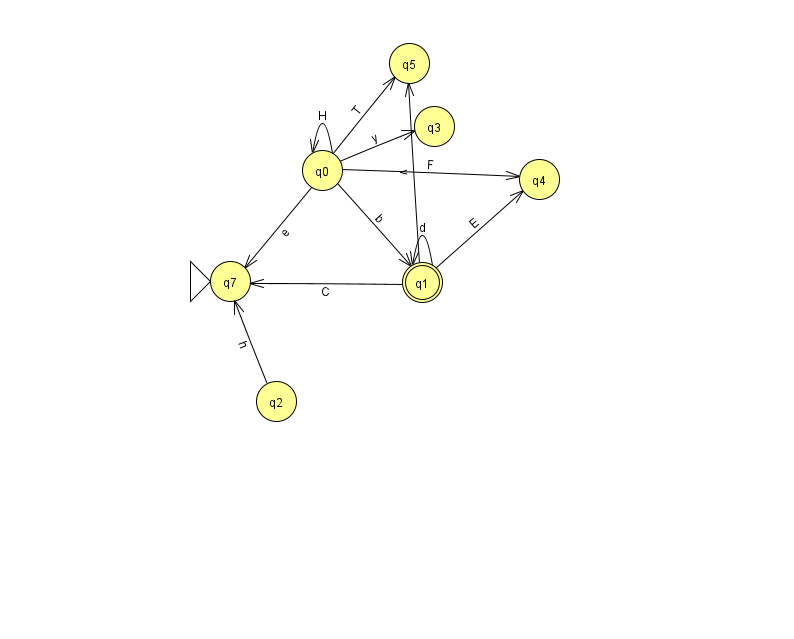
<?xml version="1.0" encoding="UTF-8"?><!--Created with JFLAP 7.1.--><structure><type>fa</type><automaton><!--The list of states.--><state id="0" name="q0"><x>322.0</x><y>157.0</y></state><state id="1" name="q1"><x>422.0</x><y>269.0</y><final/></state><state id="2" name="q2"><x>276.0</x><y>388.0</y></state><state id="3" name="q3"><x>434.0</x><y>113.0</y></state><state id="4" name="q4"><x>539.0</x><y>166.0</y></state><state id="5" name="q5"><x>409.0</x><y>50.0</y></state><state id="7" name="q7"><x>230.0</x><y>268.0</y><initial/></state><!--The list of transitions.--><transition><from>0</from><to>5</to><read>T</read></transition><transition><from>2</from><to>7</to><read>h</read></transition><transition><from>0</from><to>4</to><read>F</read></transition><transition><from>1</from><to>1</to><read>d</read></transition><transition><from>0</from><to>3</to><read>y</read></transition><transition><from>1</from><to>7</to><read>C</read></transition><transition><from>0</from><to>0</to><read>H</read></transition><transition><from>0</from><to>7</to><read>e</read></transition><transition><from>0</from><to>1</to><read>b</read></transition><transition><from>1</from><to>5</to><read>v</read></transition><transition><from>1</from><to>4</to><read>E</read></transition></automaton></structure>